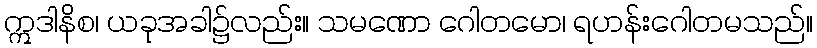
ဣဒါနိစ၊ ယခုအခါ၌လည်း။ သမဏော ဂေါတမော၊ ရဟန်းဂေါတမသည်။